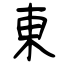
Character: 東